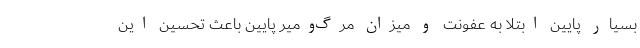
بسیار پایین ابتلا به عفونت و میزان مرگ‌ومیر پایین باعث تحسین این